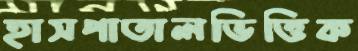
হাসপাতালভিত্তিক